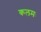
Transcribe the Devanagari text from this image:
कलमः